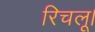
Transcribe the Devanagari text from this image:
रिचलू।